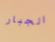
الجبار